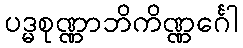
ပဒ္မစုဏ္ဏာဘိကိဏ္ဏင်္ဂေါ